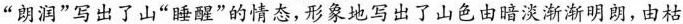
“朗润”写出了山“睡醒”的情态,形象写出了山色由暗淡渐渐明朗,由枯